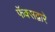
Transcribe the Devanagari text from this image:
फॅक्सद्वारे